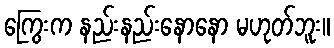
ကြွေးက နည်းနည်းနောနော မဟုတ်ဘူး။